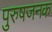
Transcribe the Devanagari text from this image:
पुरुषजनक